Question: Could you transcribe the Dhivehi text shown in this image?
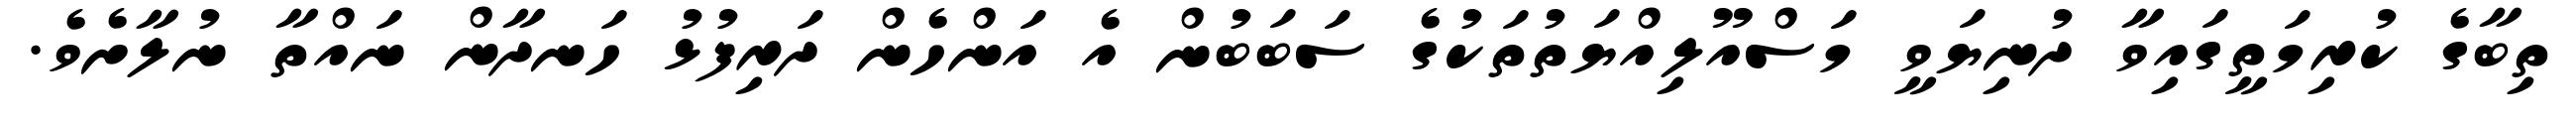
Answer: ތިބާގެ ކުރިމަތީގައިވާ ދުނިޔަވީ މަސްއޫލިއްޔަތުތަކުގެ ސަބަބުން އެ އަންހެން ދަރިފުޅު ހަނދާން ނައްތާ ނުލާށެވެ.